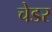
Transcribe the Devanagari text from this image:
चेडर